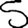
Digit: 5